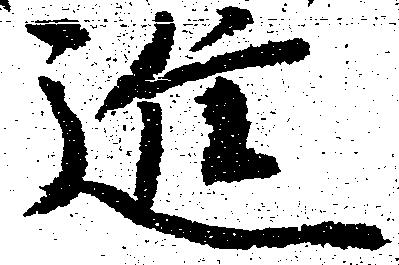
進